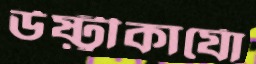
উষ্ট্রীকার্যো